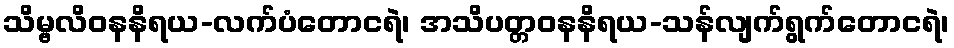
သိမ္ဗလိဝနနိရယ-လက်ပံတောငရဲ၊ အသိပတ္တဝနနိရယ-သန်လျက်ရွက်တောငရဲ၊